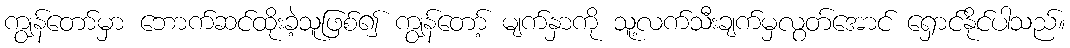
ကျွန်တော်မှာ ဘောက်ဆင်ထိုးခဲ့သူဖြစ်၍ ကျွန်တော့် မျက်နှာကို သူ့လက်သီးချက်မှလွတ်အောင် ရှောင်နိုင်ပါသည်။